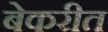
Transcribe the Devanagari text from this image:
बेकरीत